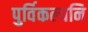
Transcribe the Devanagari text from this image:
पुर्विकल्यनि